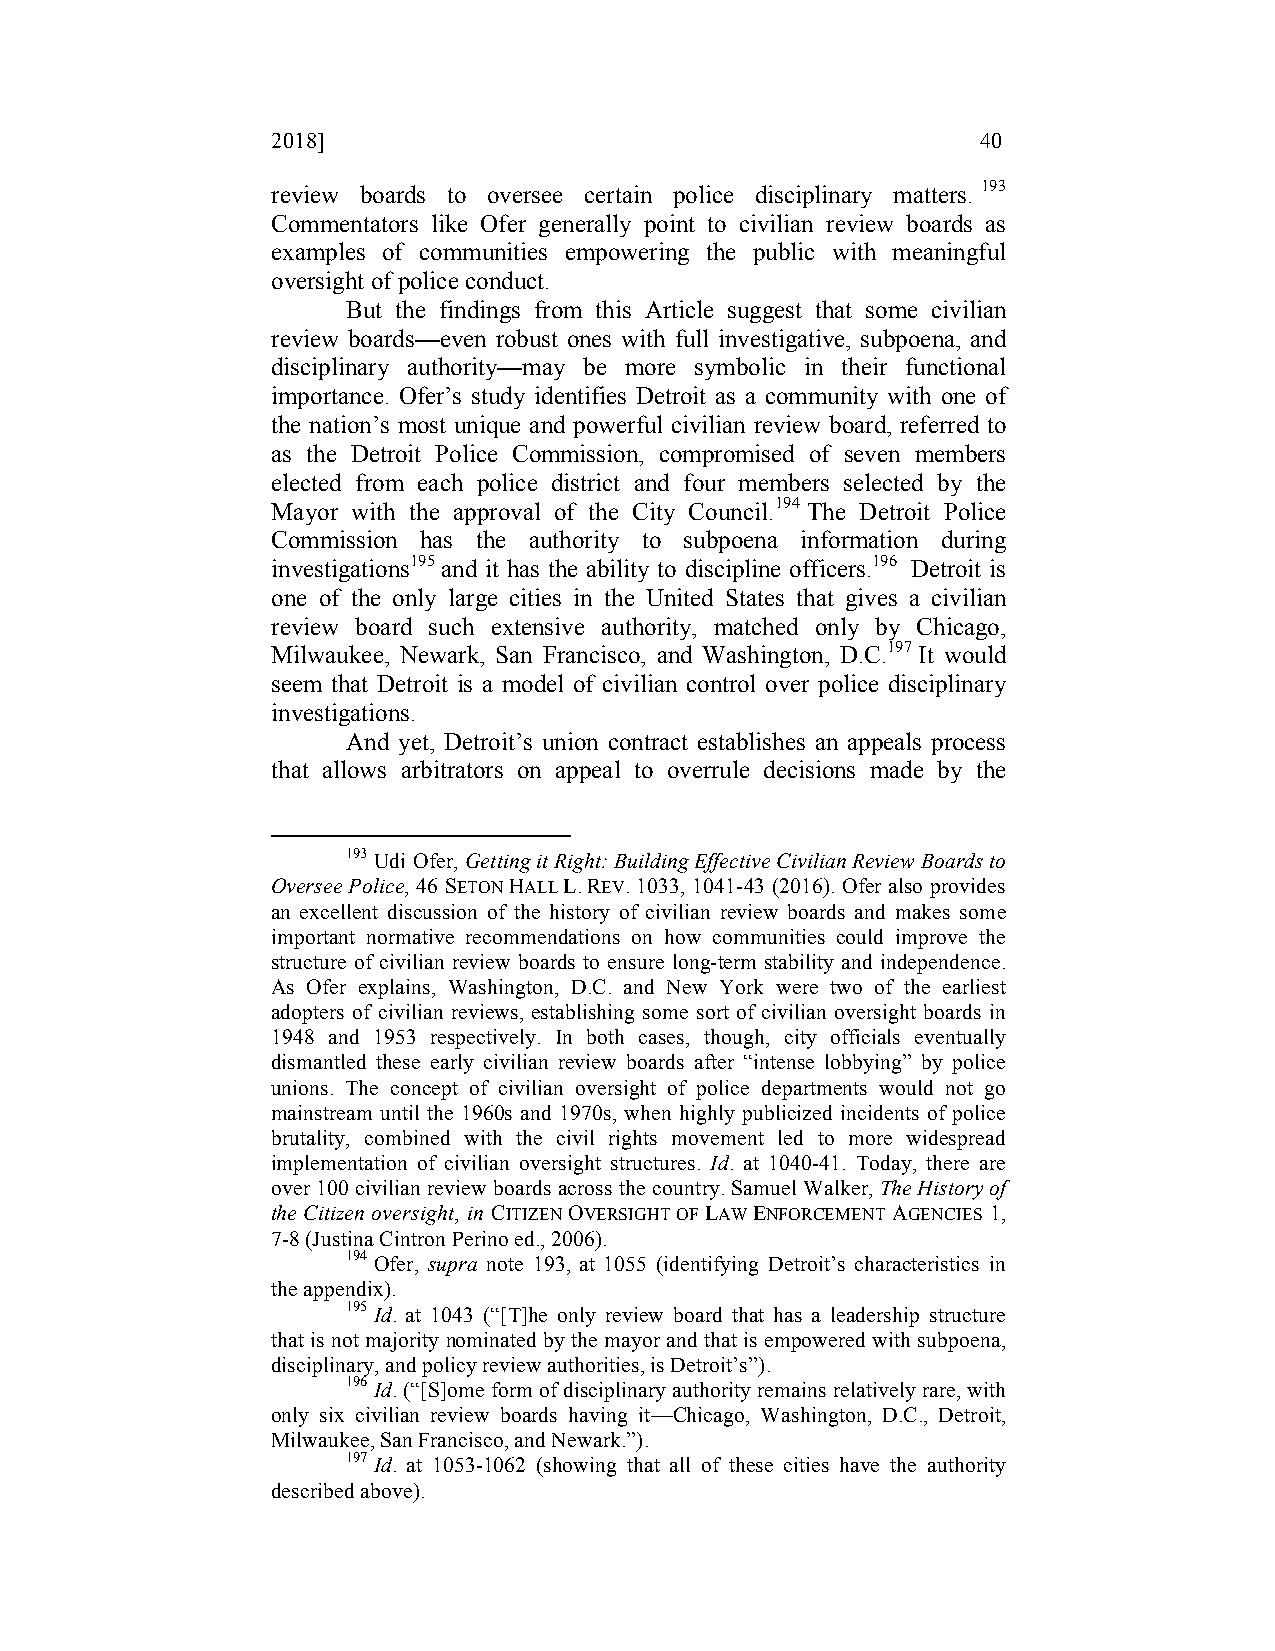
2018]                                          40
 review boards to oversee certain police disciplinary matters. 193
 Commentators like Ofer generally point to civilian review boards as
 examples of communities empowering the public with meaningful
 oversight of police conduct.
 But the findings from this Article suggest that some civilian
 review boards—even robust ones with full investigative, subpoena, and
 disciplinary authority—may be more symbolic in their functional
 importance. Ofer’s study identifies Detroit as a community with one of
 the nation’s most unique and powerful civilian review board, referred to
 as the Detroit Police Commission, compromised of seven members
 elected from each police district and four members selected by the
 Mayor with the approval of the City Council.194 The Detroit Police
 Commission has the authority to subpoena information during
 investigations195 and it has the ability to discipline officers.196 Detroit is
 one of the only large cities in the United States that gives a civilian
 review board such extensive authority, matched only by Chicago,
 Milwaukee, Newark, San Francisco, and Washington, D.C.197 It would
 seem that Detroit is a model of civilian control over police disciplinary
 investigations.
 And yet, Detroit’s union contract establishes an appeals process
 that allows arbitrators on appeal to overrule decisions made by the
 193 Udi Ofer, Getting it Right: Building Effective Civilian Review Boards to
 Oversee Police, 46 SETON HALL L. REV. 1033, 1041-43 (2016). Ofer also provides
 an excellent discussion of the history of civilian review boards and makes some
 important normative recommendations on how communities could improve the
 structure of civilian review boards to ensure long-term stability and independence.
 As Ofer explains, Washington, D.C. and New York were two of the earliest
 adopters of civilian reviews, establishing some sort of civilian oversight boards in
 1948 and 1953 respectively. In both cases, though, city officials eventually
 dismantled these early civilian review boards after “intense lobbying” by police
 unions. The concept of civilian oversight of police departments would not go
 mainstream until the 1960s and 1970s, when highly publicized incidents of police
 brutality, combined with the civil rights movement led to more widespread
 implementation of civilian oversight structures. Id. at 1040-41. Today, there are
 over 100 civilian review boards across the country. Samuel Walker, The History of
 the Citizen oversight, in CITIZEN OVERSIGHT OF LAW ENFORCEMENT AGENCIES 1,
 7-8 (Justina Cintron Perino ed., 2006).
 194 Ofer, supra note 193, at 1055 (identifying Detroit’s characteristics in
 the appendix).
 195 Id. at 1043 (“[T]he only review board that has a leadership structure
 that is not majority nominated by the mayor and that is empowered with subpoena,
 disciplinary, and policy review authorities, is Detroit’s”).
 196 Id. (“[S]ome form of disciplinary authority remains relatively rare, with
 only six civilian review boards having it—Chicago, Washington, D.C., Detroit,
 Milwaukee, San Francisco, and Newark.”).
 197 Id. at 1053-1062 (showing that all of these cities have the authority
 described above).